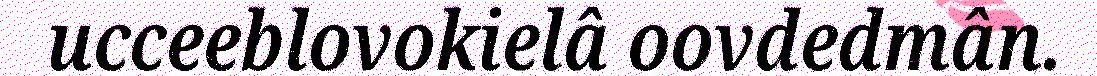
ucceeblovokielâ oovdedmân.